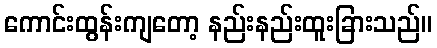
ကောင်းထွန်းကျတော့ နည်းနည်းထူးခြားသည်။